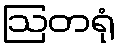
ဩတရုံ